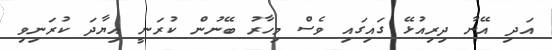
އަދި އޭނާ ދިރިއުޅޭ ގައިގައި ވެސް މިހާރު ބޭނުން ކުރަނީ އިޔާދަ ކުރަނިވި